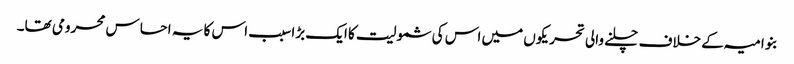
بنو امیہ کے خلاف چلنے والی تحریکوں میں اس کی شمولیت کا ایک بڑا سبب اس کا یہ احساس محرومی تھا۔